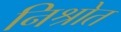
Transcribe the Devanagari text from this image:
निश्रोत